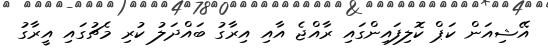
އޭޝިއަން ކަޕް ކޮލިފައިންގައި ރާއްޖެ އާއި އިރާގު ބައްދަލު ކުރި މެޗުގައި އީރާގު